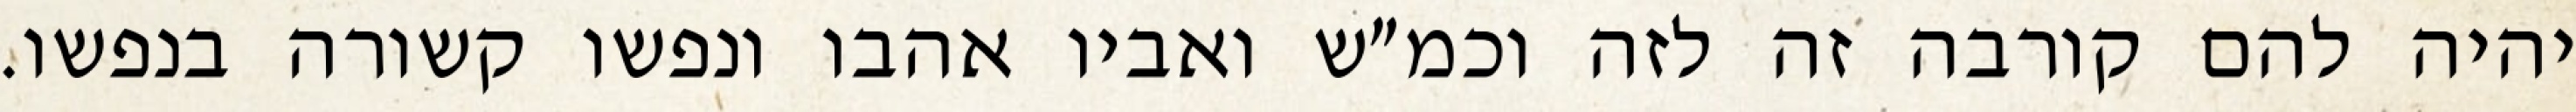
יהיה להם קורבה זה לזה וכמ״ש ואביו אהבו ונפשו קשורה בנפשו.